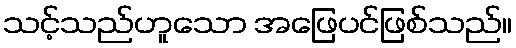
သင့်သည်ဟူသော အဖြေပင်ဖြစ်သည်။